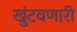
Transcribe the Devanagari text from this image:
खुंटवणारी